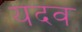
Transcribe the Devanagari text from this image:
यदव